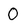
Character: 0